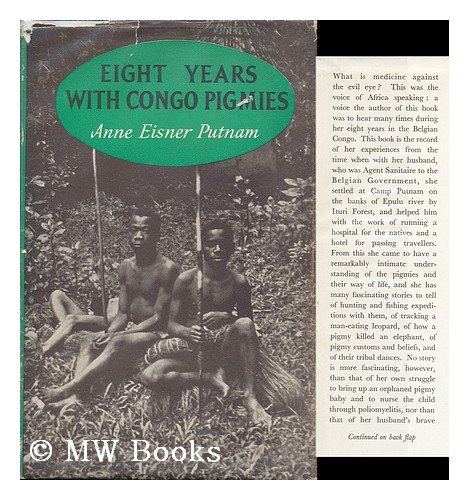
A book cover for Madami;: My eight years of adventure with the Congo pigmies,; Anne Eisner Putnam; Travel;